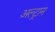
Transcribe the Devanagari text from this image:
अल्ट्रान